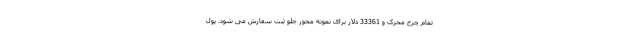
تمام چرخ محرک و 33361 دلار برای نمونه محور جلو ثبت سفارش می شود. پول